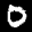
Label: 0